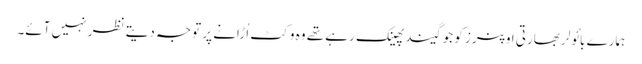
ہمارے بائولر بھارتی اوپنرز کو جو گیند پھینک رہے تھے وہ وکٹ اُڑانے پر توجہ دیتے نظر نہیں آئے۔